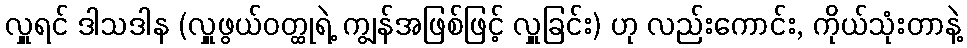
လှူရင် ဒါသဒါန (လှူဖွယ်ဝတ္ထုရဲ့ ကျွန်အဖြစ်ဖြင့် လှူခြင်း) ဟု လည်းကောင်း, ကိုယ်သုံးတာနဲ့